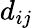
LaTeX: d_{ij}